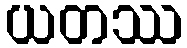
ယတဿ